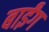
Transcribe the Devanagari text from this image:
बाईंग